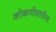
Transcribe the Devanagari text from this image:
कोकणीसाठीचा